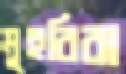
মুহুরিরা